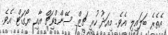
އެތެރެ ބަލައިލި އެވެ. މިއަދު ހުރީ ޗީޒް ސޭންޑްވިޗް އާއި ޔޯގަޓް އެވެ.